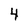
Character: 4